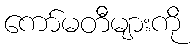
ကော်မတီများကို